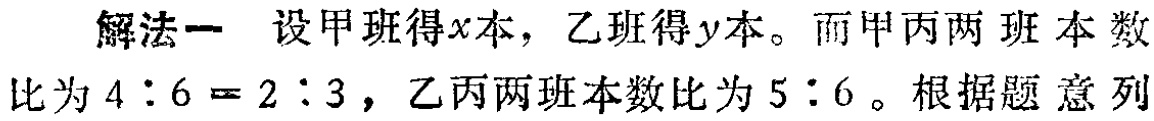
解法一 设甲班得\(x\)本，乙班得\(y\)本。而甲丙两班本数比为\(4:6 = 2:3\)，乙丙两班本数比为\(5:6\)。根据题意列